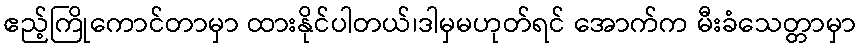
ဧည့်ကြိုကောင်တာမှာ ထားနိုင်ပါတယ်၊ဒါမှမဟုတ်ရင် အောက်က မီးခံသေတ္တာမှာ